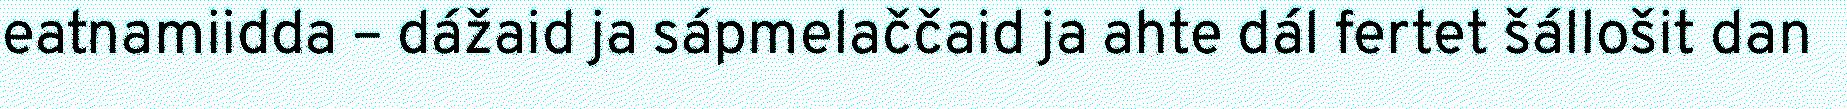
eatnamiidda – dážaid ja sápmelaččaid ja ahte dál fertet šállošit dan